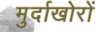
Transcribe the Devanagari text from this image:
मुर्दाखोरों